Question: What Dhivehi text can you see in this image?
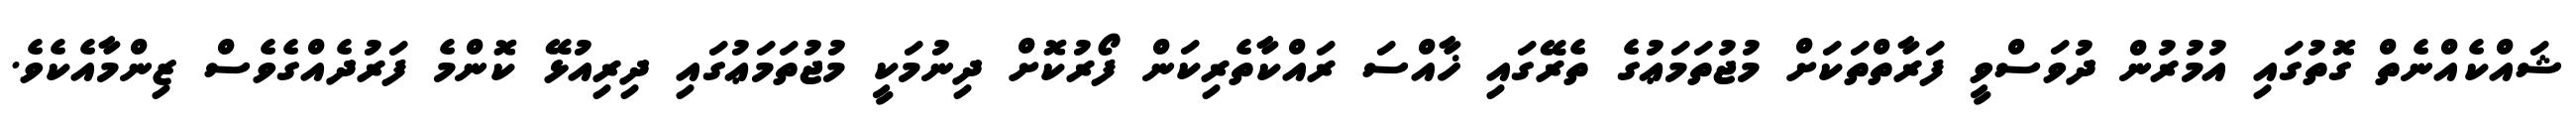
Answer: ޝައްކެއްނެތް ގޮތުގައި އުމުރުން ދުވަސްވީ ފަރާތްތަކަށް މުޖުތަމަޢުގެ ތެރޭގައި ޚާއްސަ ރައްކާތެރިކަން ފޯރުކޮށް ދިނުމަކީ މުޖުތަމަޢުގައި ދިރިއުޅޭ ކޮންމެ ފަރުދެއްގެވެސް ޒިންމާއެކެވެ.